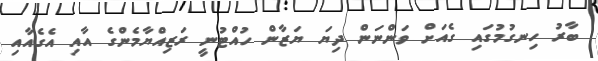
ބާރު ހިނގުމުގައި ގެއަށް ވަންނަން ދިޔަ ޔަޒާން ހުއްޓުނީ ރަޒިއްޔާމެންގެ އާއި އެގެއާއި